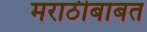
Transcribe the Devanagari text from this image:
मराठीबाबत